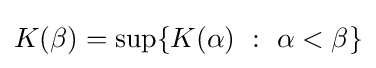
K(\beta )=\sup\{K(\alpha )\ :\ \alpha <\beta \}